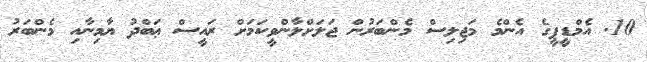
10. އެމްޑީޕީގެ އެންމެ މަޖިލިސް މެންބަރުން ޖަލަށްލާންވީކަމަށް ރައީސް ޢަބްދު ޔާމިނާއި މެންބަރު